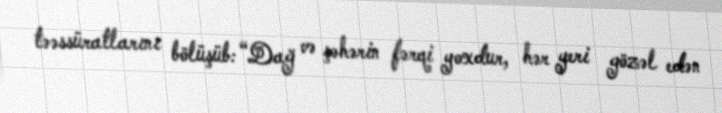
təəssüratlarını bölüşüb: “Dağ və şəhərin fərqi yoxdur, hər yeri gözəl edən